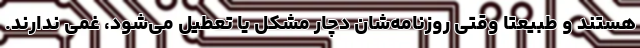
هستند و طبیعتا وقتی روزنامه‌شان دچار مشکل یا تعطیل می‌شود، غمی ندارند.